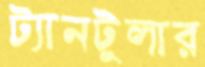
ট্যানটুলার